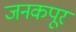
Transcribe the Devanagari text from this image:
जनकपूर